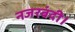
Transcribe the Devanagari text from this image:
नजरबंदी।